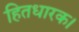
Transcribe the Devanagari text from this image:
हितधारक।